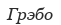
Грэбо